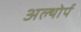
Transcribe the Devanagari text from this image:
अल्थोर्प